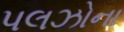
પલઝોના